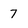
Character: 7